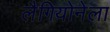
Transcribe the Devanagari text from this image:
लैगियोनेला